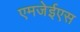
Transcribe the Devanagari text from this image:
एमजेईएस